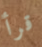
قرأ